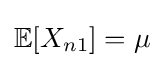
\mathbb {E} [X_{n1}]=\mu